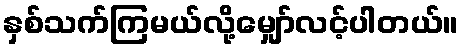
နှစ်သက်ကြမယ်လို့မျှော်လင့်ပါတယ်။